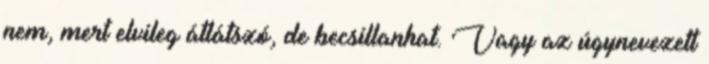
nem, mert elvileg átlátszó, de becsillanhat. Vagy az úgynevezett